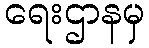
ရေးဌာနမှ